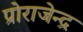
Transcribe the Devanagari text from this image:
प्रोराजेन्द्र